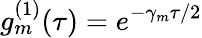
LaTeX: g_{m}^{(1)}(\tau)=e^{-\gamma_{m}\tau/2}